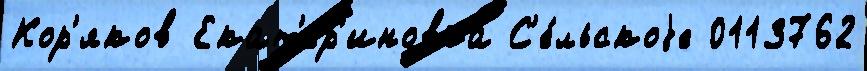
Кор'яков Екат'ер'иновка С'е́льскоjе 0113762